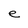
Character: e